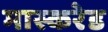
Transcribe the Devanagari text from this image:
मास्करेड